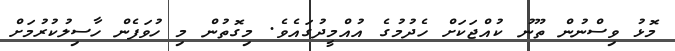
މޮޅު ވިސްނުން ތޫނު ކުއްޖަކަށް ހެދުމުގެ އުއްމީދުގައެވެ. މިގޮތުން މި ހުވަފެން ހާސިލުކުރުމަށް